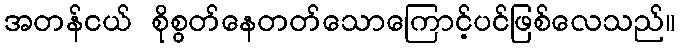
အတန်ငယ် စိုစွတ်နေတတ်သောကြောင့်ပင်ဖြစ်လေသည်။